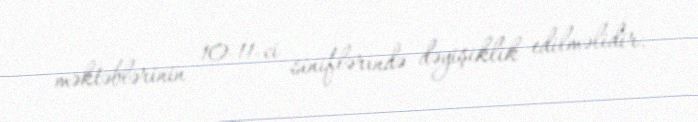
məktəblərinin 10-11-ci siniflərində dəyişiklik edilməlidir.